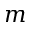
m